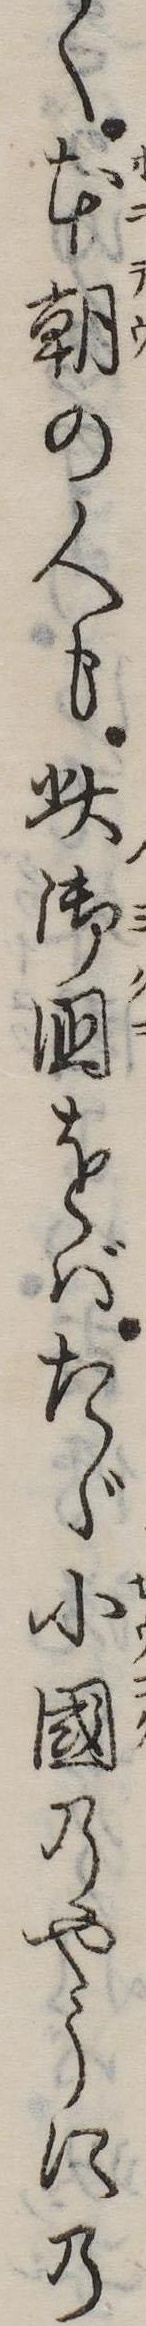
く本朝の人も此御国をばたゞ小国のやうにの